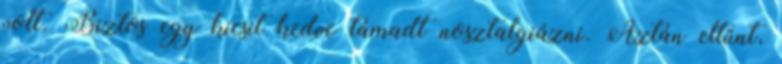
volt. Biztos egy kicsit kedve támadt nosztalgiázni. Aztán eltűnt,